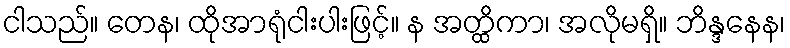
ငါသည်။ တေန၊ ထိုအာရုံငါးပါးဖြင့်။ န အတ္ထိကာ၊ အလိုမရှိ။ ဘိန္ဒနေန၊